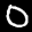
Label: 0